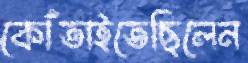
কোঁতাইতেছিলেন